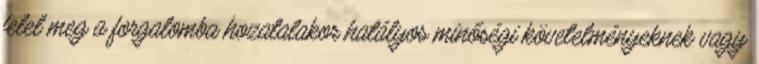
felel meg a forgalomba hozatalakor hatályos minőségi követelményeknek vagy